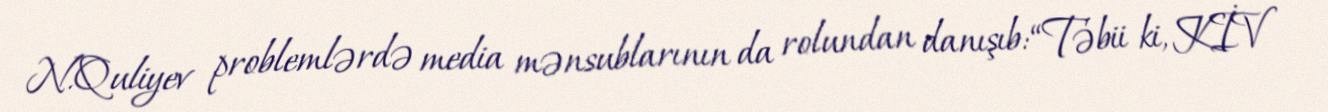
N.Quliyev problemlərdə media mənsublarının da rolundan danışıb: “Təbii ki, KİV